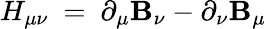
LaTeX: H_{\mu\nu}\ =\ \partial_{\mu}\mathbf{B}_{\nu}-\partial_{\nu}\mathbf{B}_{\mu}